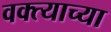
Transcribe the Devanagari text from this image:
वक्त्याच्या